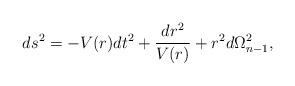
LaTeX: \begin{align*}ds^2 = -V(r)dt^2 + \frac{dr^2}{V(r)} +r^{2}d{\Omega}^2_{n-1},\end{align*}